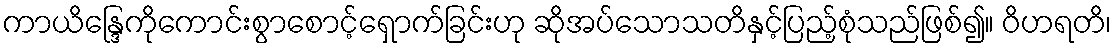
ကာယိန္ဒြေကိုကောင်းစွာစောင့်ရှောက်ခြင်းဟု ဆိုအပ်သောသတိနှင့်ပြည့်စုံသည်ဖြစ်၍။ ဝိဟရတိ၊